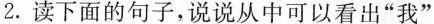
2.读下面的句子，说说从中可以看出”我”